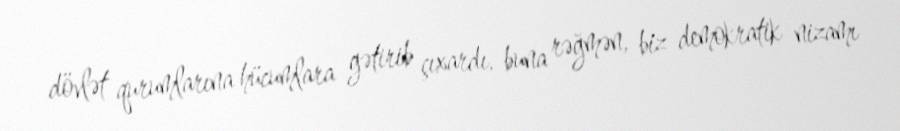
dövlət qurumlarına hücumlara gətirib çıxardı, buna rəğmən, biz demokratik nizamı